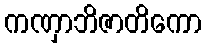
ကဏှာဘိဇာတိကော